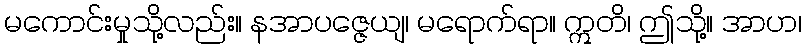
မကောင်းမှုသို့လည်း။ နအာပဇ္ဇေယျ၊ မရောက်ရာ။ ဣတိ၊ ဤသို့။ အာဟ၊